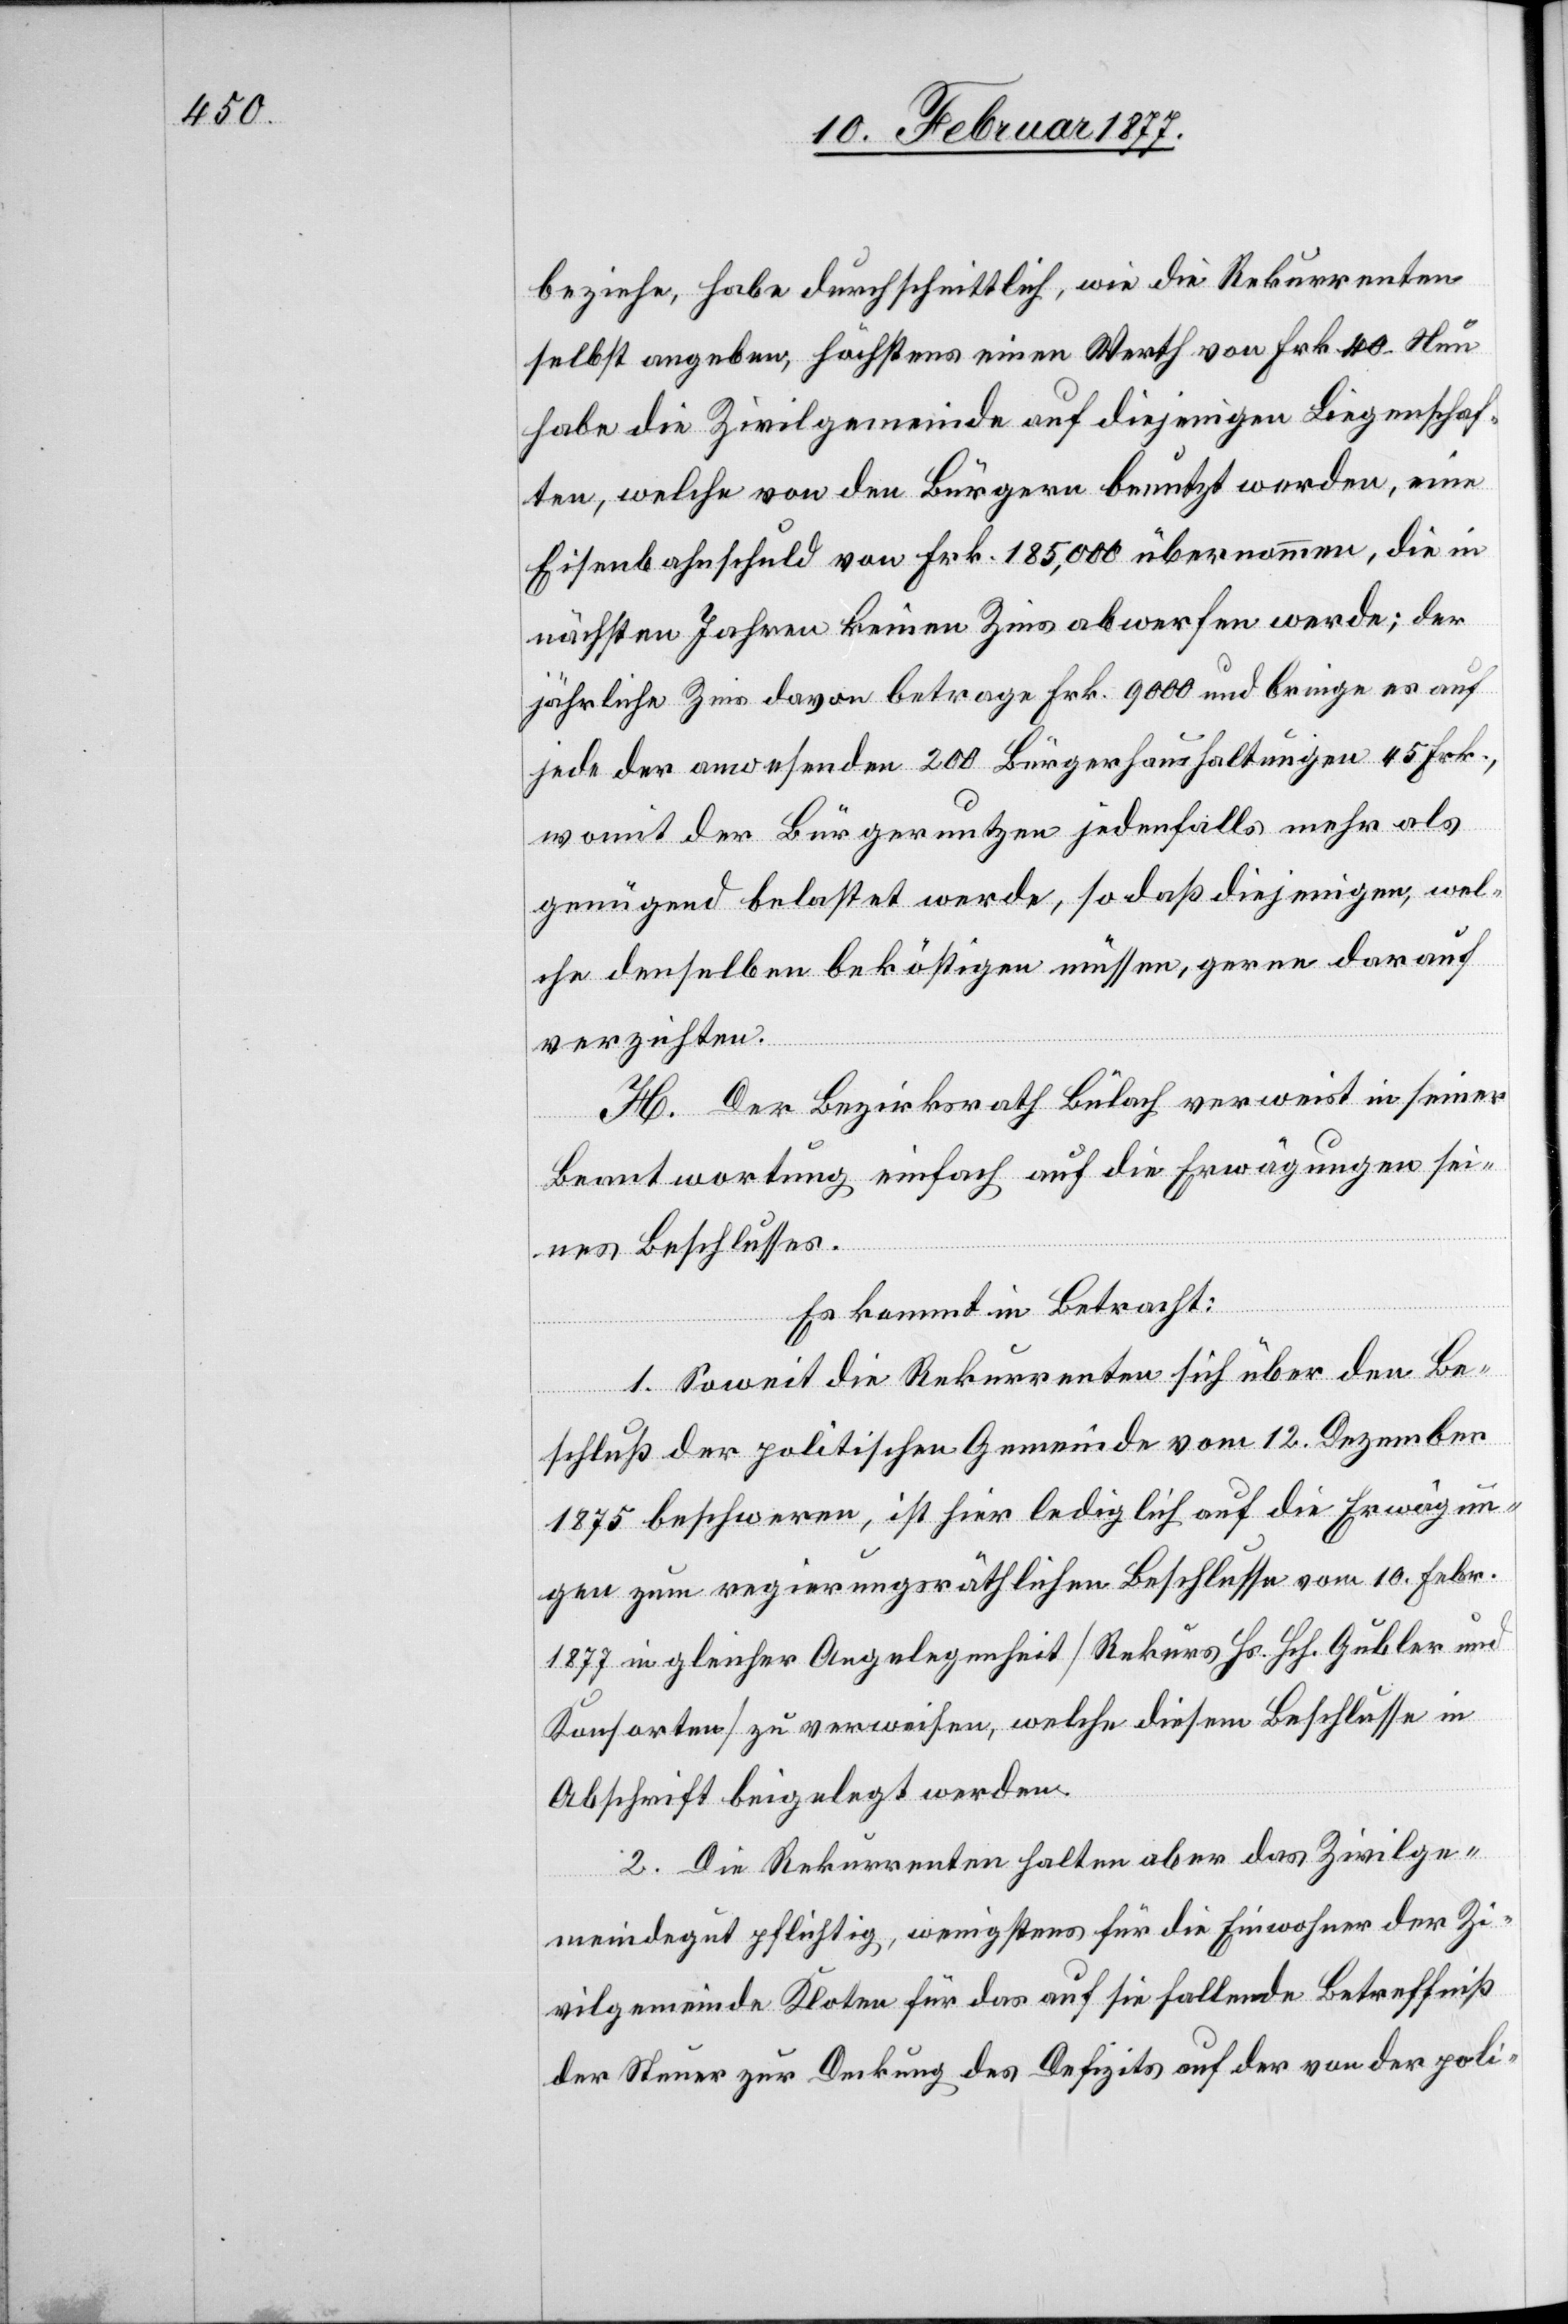
beziehe, habe durchschnittlich, wie die Rekurrenten
selbst angeben, höchstens einen Werth von Frk. 40. Nun
habe die Zivilgemeinde auf diejenigen Liegenschaf¬
ten, welche von den Bürgern benutzt werden, eine
Eisenbahnschuld von Frk. 185,000 übernommen, die in
nächsten Jahren keinen Zins abwerfen werde; der
jährliche Zins davon betrage Frk. 9000 und bringe er auf
jede der anwesenden 200 Bürgerhaushaltungen 45 Frk.,
womit der Bürgernutzen jedenfalls mehr als
genügend belastet werde, so daß diejenigen, wel¬
che denselben beköstigen müssen, gerne darauf
verzichten.
H. Der Bezirksrath Bülach verweist in seiner
Beantwortung einfach auf die Erwägungen sei¬
nes Beschlusses.
Es kommt in Betracht:
1. Soweit die Rekurrenten sich über den Be¬
schluß der politischen Gemeinde vom 12. Dezember
1875 beschweren, ist hier lediglich auf die Erwägun¬
gen zum regierungsräthlichen Beschlusse vom 10. Febr.
1877 in gleicher Angelegenheit [Rekurs Hs. Hch. Gubler und
Konsorten] zu verweisen, welche diesem Beschlusse in
Abschrift beigelegt werden.
2. Die Rekurrenten halten aber das Zivilge¬
meindegut pflichtig, wenigstens für die Einwohner der Zi¬
vilgemeinde Kloten für das auf sie fallende Betreffniß
der Steuer zur Deckung des Defizits auf der von der poli-